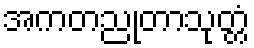
အကတညုတာသုတ္တံ